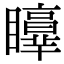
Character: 𥌲